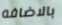
بالاضافه